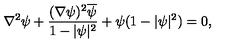
\nabla ^ { 2 } \psi + \frac { ( \nabla \psi ) ^ { 2 } { \overline { \psi } } } { 1 - | \psi | ^ { 2 } } + \psi ( 1 - | \psi | ^ { 2 } ) = 0 ,